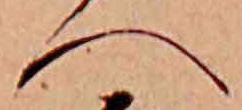
へ